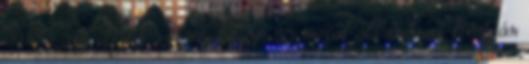
3., 33 az IGN Music Top 25 metal albumának listáján